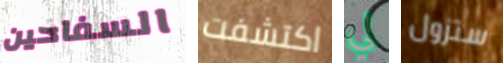
السفاحين اكتشفت لي ستزول